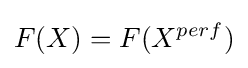
F(X)=F(X^{perf})